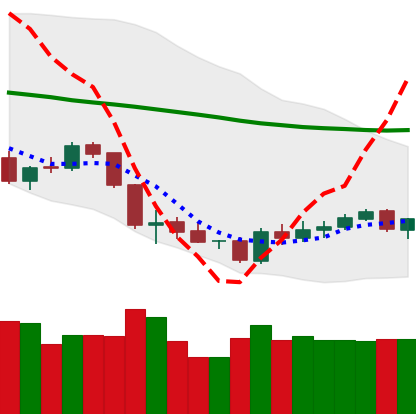
Ticker: BTC-USD
Chart end date: 2018-06-05
Forward return: -11.105%
Label: down_7plus